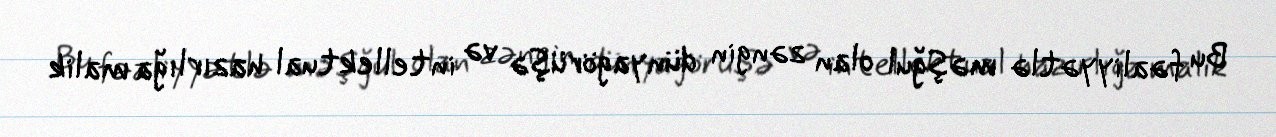
Bu fəaliyyətlə məşğul olan zəngin dünyagörüşə və intellektual hazırlığa malik